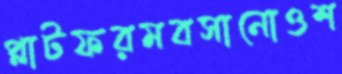
প্লাটফরমবসানোওশ